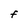
Character: F